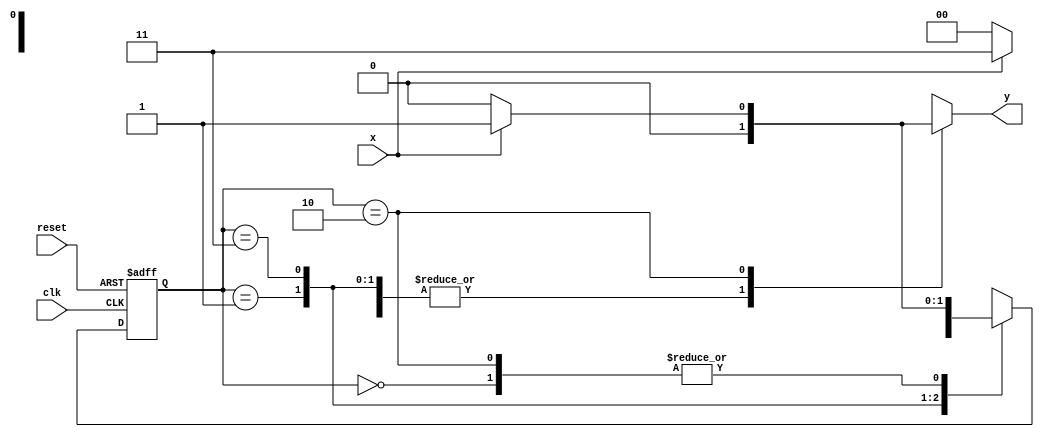
// ------------------------- 
// Mealy101 - Mealy101 
// Nome: Guilherme Andrade Salum Terra 
// ------------------------- 

// -------------- 
// --- Mealy FSM 
// -------------- 

// constant definitions 
`define found 		1 
`define notfound 	0 

// FSM by Mealy 
module mealy101 ( y, x, clk, reset ); 
output y; 
input x; 
input clk; 
input reset; 

reg y; 

parameter // state identifiers 
start = 2'b00, 
id1 = 2'b01, 
id11 = 2'b11, 
id110 = 2'b10; 

reg [1:0] E1; // current state variables 
reg [1:0] E2; // next state logic output 

// next state logic 
always @( x or E1 ) 
begin 
y = `notfound; 
case ( E1 ) 
start: 
if ( x ) 
E2 = id1; 
else 
E2 = start; 
id1: 
if ( x ) 
E2 = id11; 
else 
E2 = start; 
id11: 
if ( x ) 
E2 = id11; 
else 
E2 = id110; 
id110: 
if ( x ) 
begin 
E2 = id1; 
y = `found; 
end 
else 
begin 
E2 = start; 
y = `notfound; 
end 
default: // undefined state 
E2 = 2'bxx; 
endcase 
end // always at signal or state changing 

// state variables 
always @( posedge clk or negedge reset ) 
begin 
if ( reset ) 
E1 = E2; // updates current state 
else 
E1 = 0; // reset 
end // always at signal changing 

endmodule // mealy101